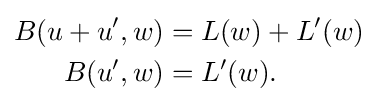
{\begin{aligned}B(u+u',w)&=L(w)+L'(w)\\B(u',w)&=L'(w).\end{aligned}}